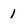
Character: 1